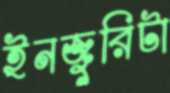
ইনজুরিটা